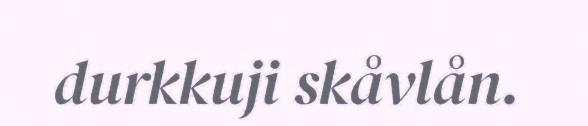
durkkuji skåvlån.